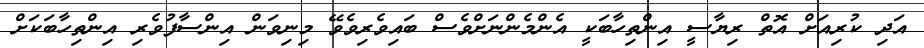
އަދި ކުރިއަށް އޮތް ރިޔާސީ އިންތިހާބަކީ އެންމެންނަށްވެސް ބައިވެރިވެވޭ މިނިވަން އިންސާފުވެރި އިންތިހާބަކަށް